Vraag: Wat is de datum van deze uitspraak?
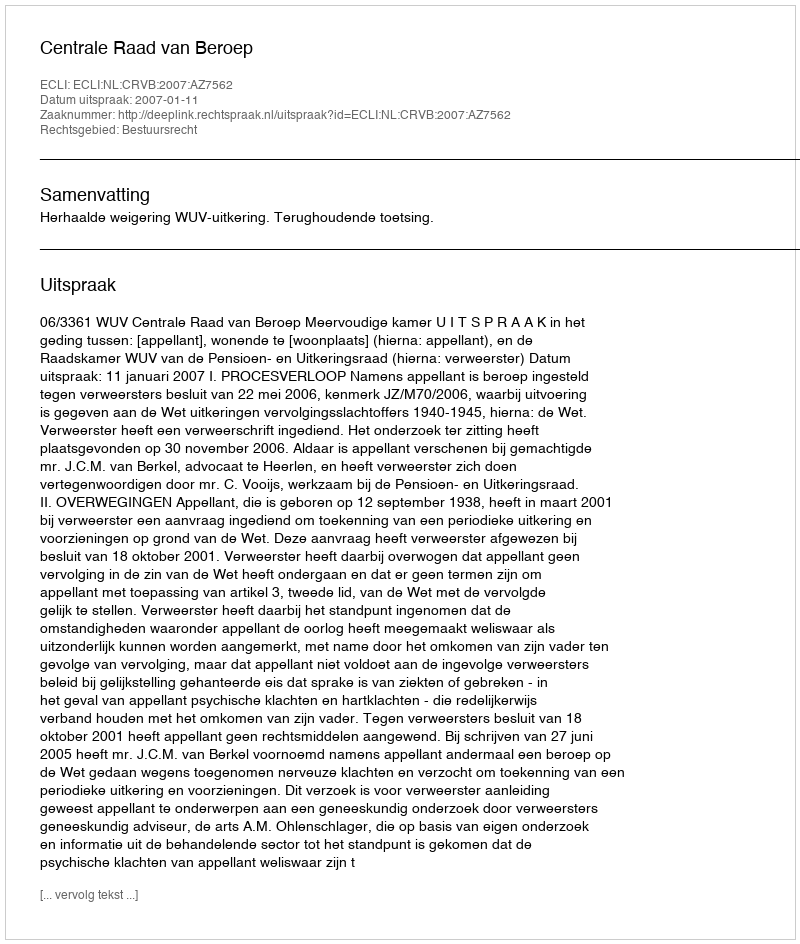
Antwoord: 2007-01-11